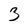
Character: 3